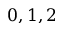
0 , 1 , 2